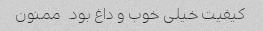
کیفیت خیلی خوب و داغ بود. ‌ ممنون